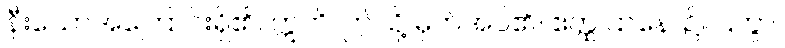
နီးသောအကြောင်းရှိ၏။ ဣတိ၊ ဤသို့ မှတ်အပ်၏။ ဧတ္ထ ဌာနေ၊ ၌။ ဌတွာ၊